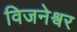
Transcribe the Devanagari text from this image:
विजनेश्वर